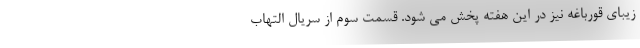
زیبای قورباغه نیز در این هفته پخش می شود. قسمت سوم از سریال التهاب